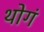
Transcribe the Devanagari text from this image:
थोगं